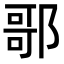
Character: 𨝆